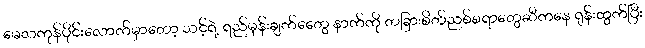
မေလကုန်ပိုင်းလောက်မှာတော့ သင့်ရဲ့ ရည်မှန်းချက်တွေေ နာက်ကို တခြားစိတ်ညစ်စရာတွေဆီကနေ ရုန်းထွက်ပြီး